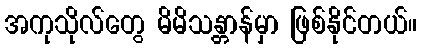
အကုသိုလ်တွေ မိမိသန္တာန်မှာ ဖြစ်နိုင်တယ်။